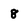
Character: 8